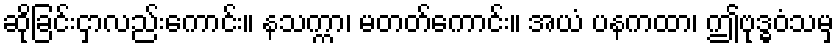
ဆိုခြင်းငှာလည်းကောင်း။ နသက္ကာ၊ မတတ်ကောင်း။ အယံ ပနကထာ၊ ဤဗုဒ္ဓဝံသမှ